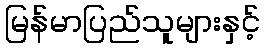
မြန်မာပြည်သူများနှင့်